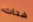
شتات